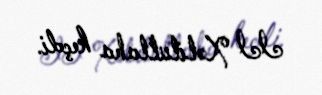
II Xəlilullaha keçdi.